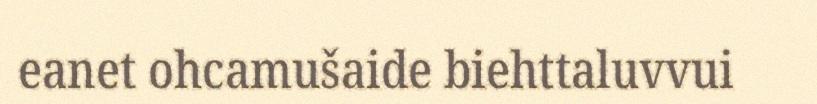
eanet ohcamušaide biehttaluvvui